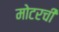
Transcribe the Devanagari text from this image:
मोटरची